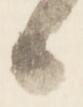
候